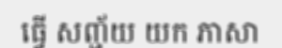
ធ្វើ សញ្ជ័យ យក ភាសា